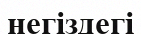
негіздегі